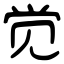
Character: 觉